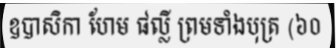
ឧបាសិកា ហែម ផល្លី ព្រមទាំងបុត្រ (៦០